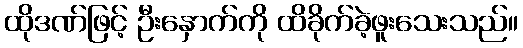
ထိုဒဏ်ဖြင့် ဦးနှောက်ကို ထိခိုက်ခဲ့ဖူးသေးသည်။